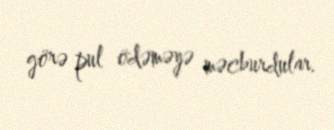
görə pul ödəməyə məcburdular.